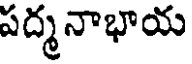
పద్మనాభాయ